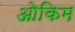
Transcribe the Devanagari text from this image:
ओकिम